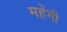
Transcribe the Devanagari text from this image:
महेंगी